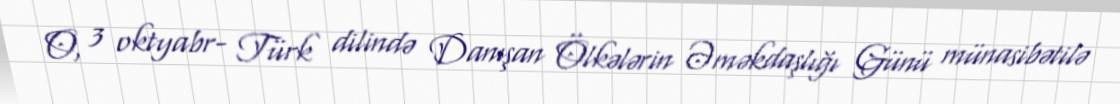
O, 3 oktyabr- Türk dilində Danışan Ölkələrin Əməkdaşlığı Günü münasibətilə